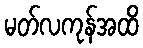
မတ်လကုန်အထိ